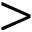
>